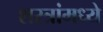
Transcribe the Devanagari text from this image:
शस्त्रांमध्ये